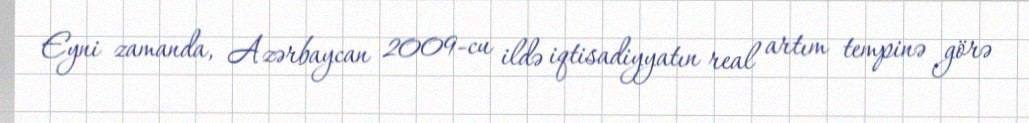
Eyni zamanda, Azərbaycan 2009-cu ildə iqtisadiyyatın real artım tempinə görə